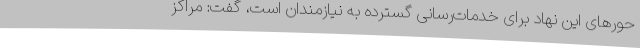
حورهای این نهاد برای خدمات‌رسانی گسترده‌ به نیازمندان است، گفت: مراکز